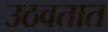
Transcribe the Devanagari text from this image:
उठवतात